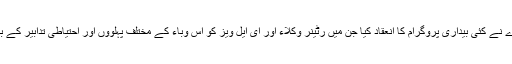
اس ضمن میں ایس ایل ایس اے نے کئی بیداری پروگرام کا انعقاد کیا جن میں رٹینر وکلاء اور ای ایل ویز کو اس وباء کے مختلف پہلوؤں اور احتیاطی تدابیر کے بارے میں جانکاری دی گئی ۔